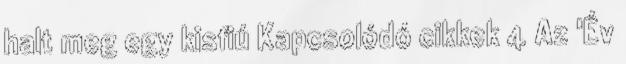
halt meg egy kisfiú Kapcsolódó cikkek 4 Az 'Év